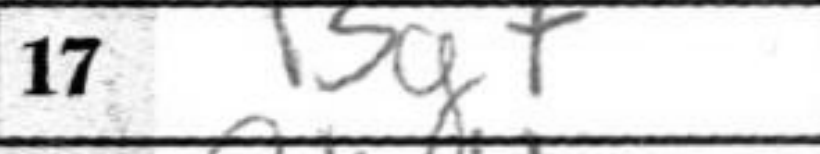
Transcription: Bg7